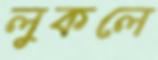
লুকলে